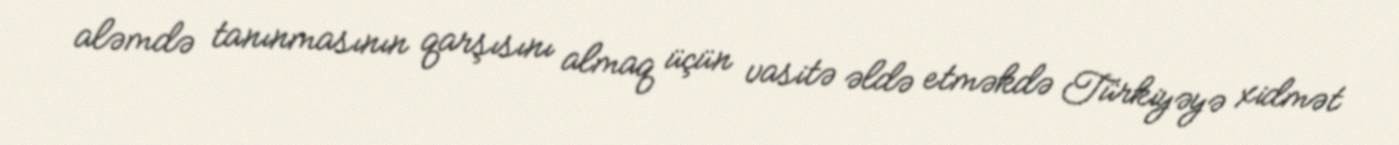
aləmdə tanınmasının qarşısını almaq üçün vasitə əldə etməkdə Türkiyəyə xidmət